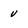
Character: u